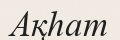
Ақһат